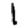
Digit: 1